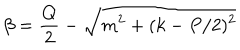
LaTeX: \beta = \frac { Q } { 2 } - \sqrt { m ^ { 2 } + ( k - P / 2 ) ^ { 2 } }